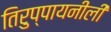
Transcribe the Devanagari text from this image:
तिरुप्पायनीली